65_HS1-834228961_62-HQ-83894_Serial_164
Agency: FBI
Page 116
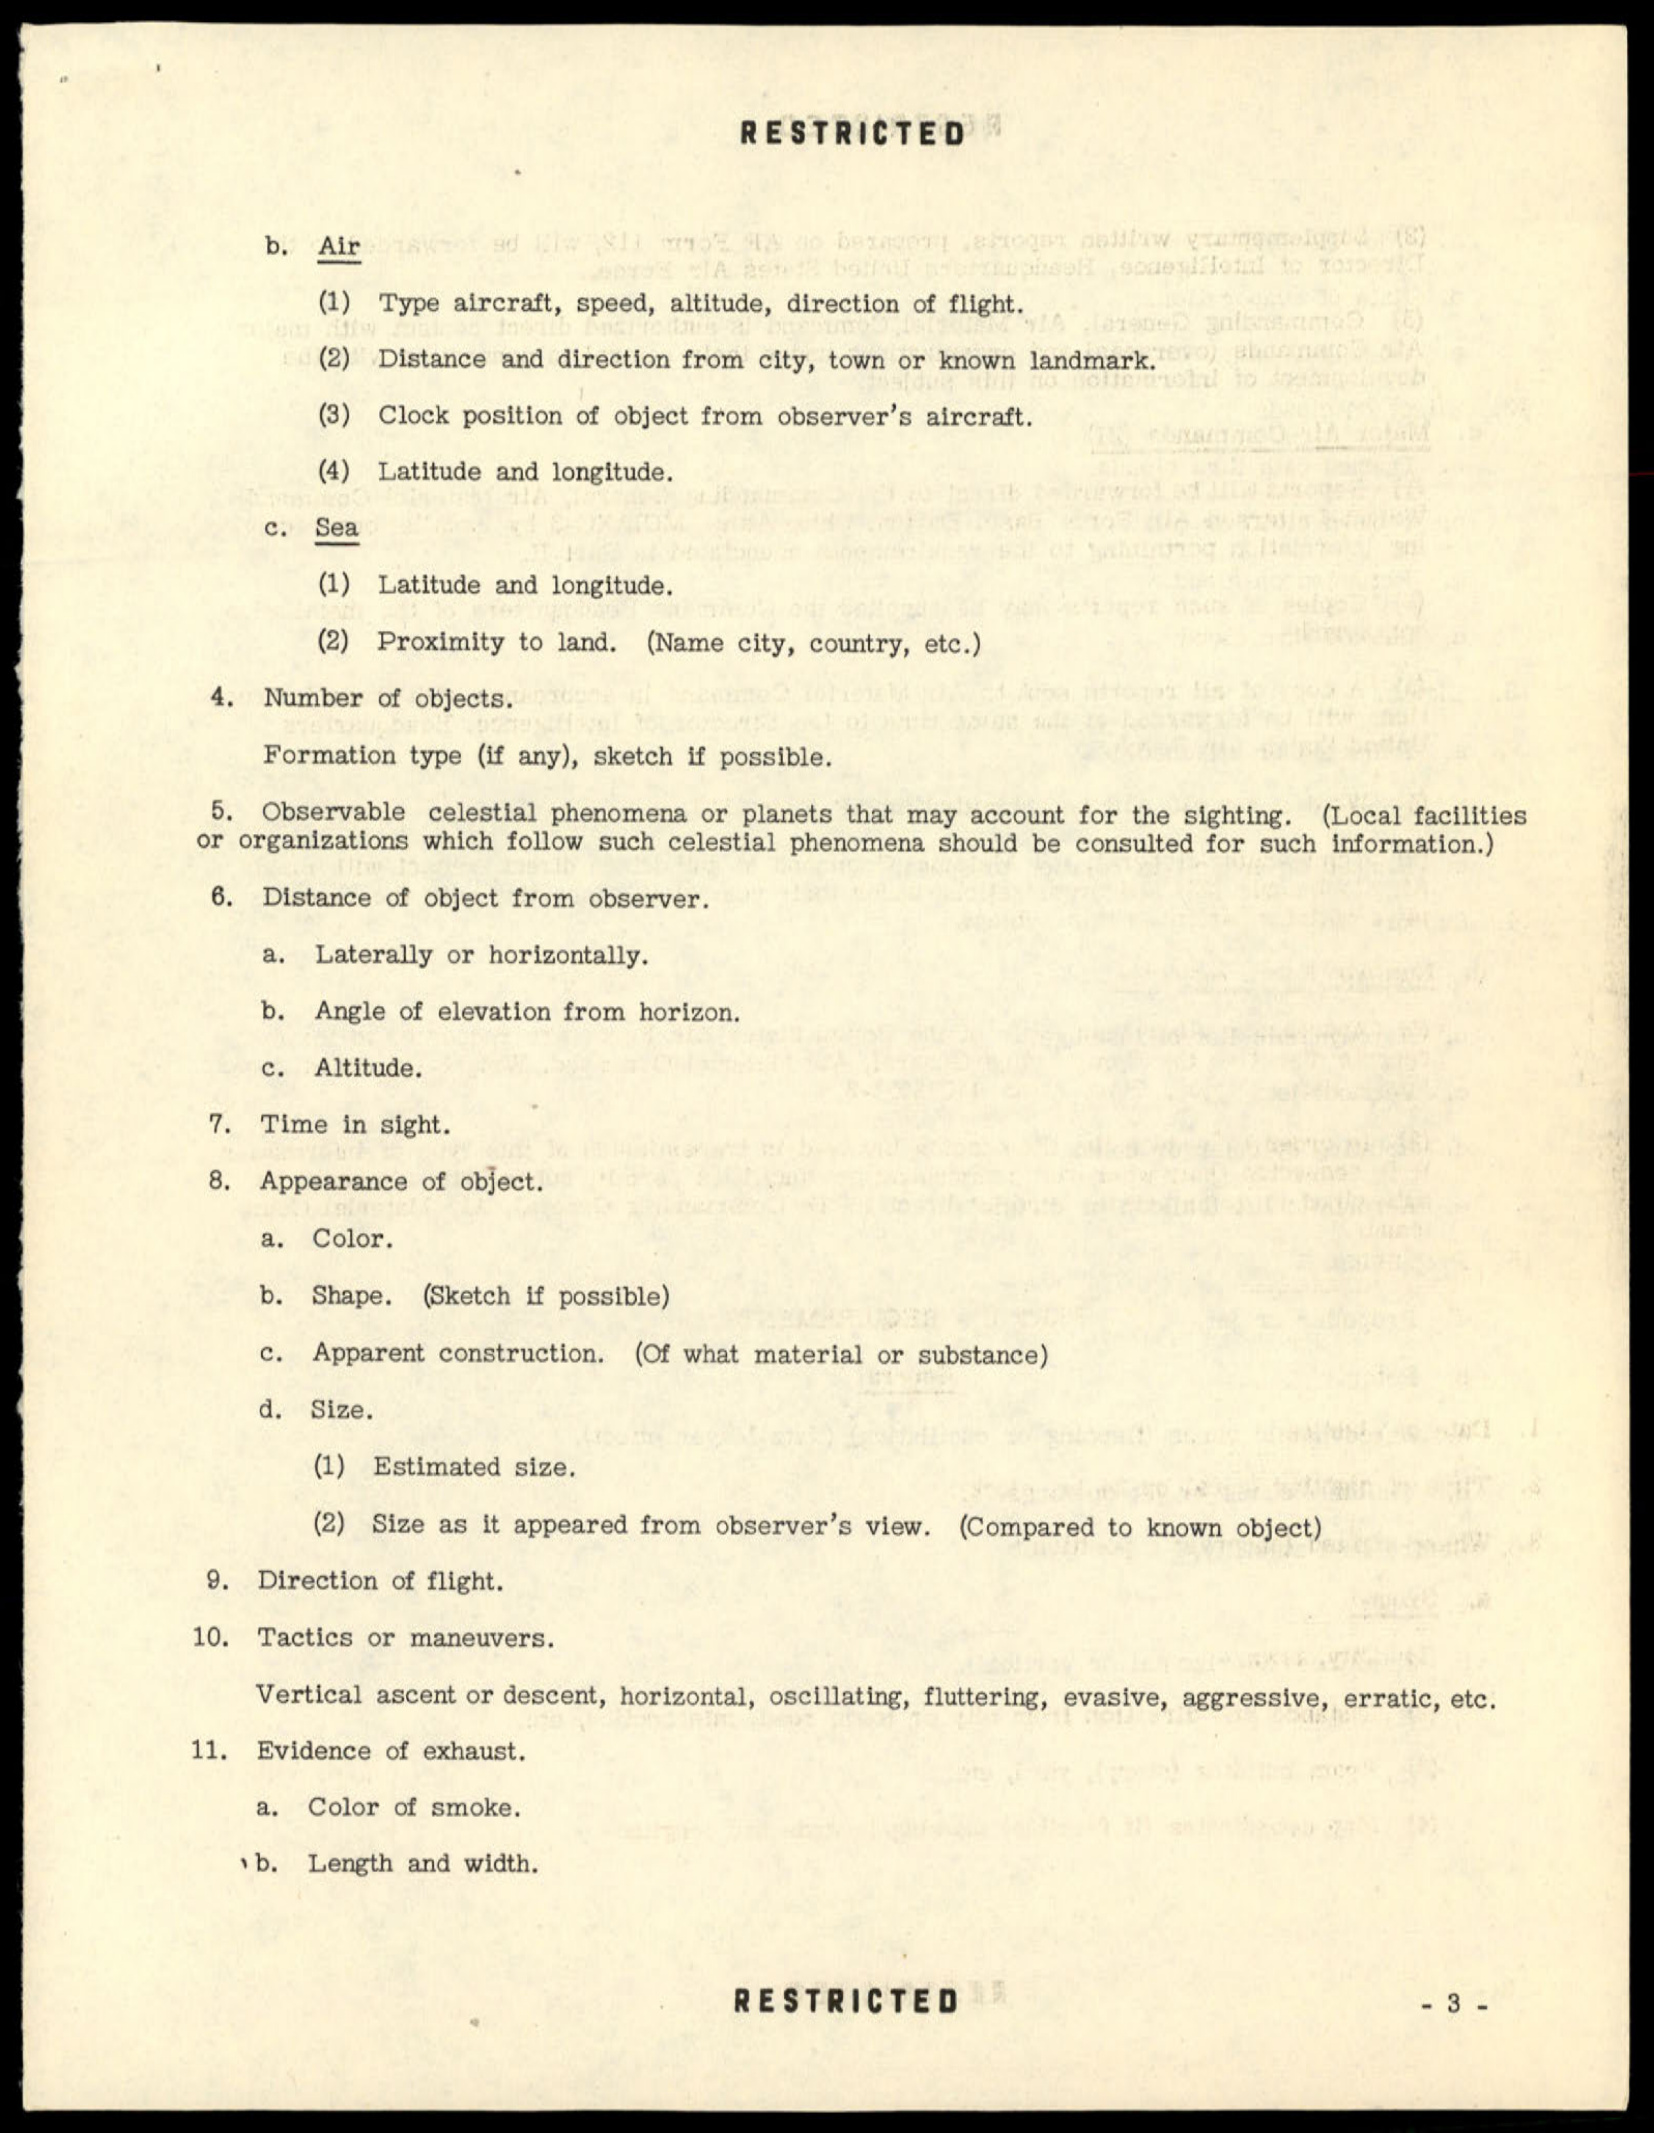